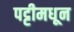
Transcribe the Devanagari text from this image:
पट्टीमधून